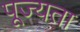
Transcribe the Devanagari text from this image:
पूज्यता